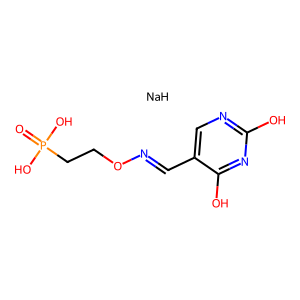
SMILES: O=P(O)(O)CCON=Cc1cnc(O)nc1O.[NaH]
Inhibits HIV replication: No